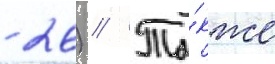
- 26) // Та́кже